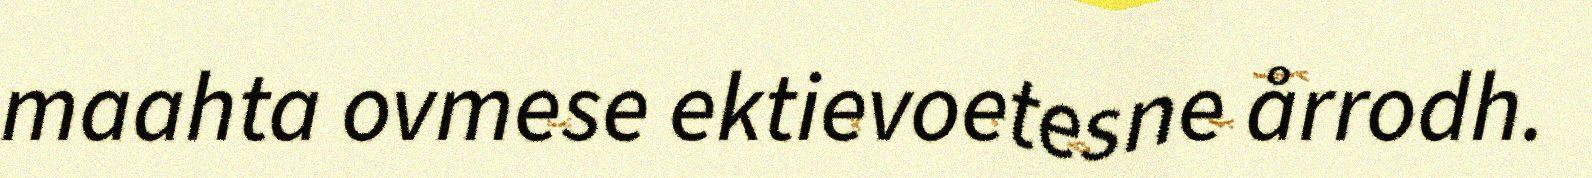
maahta ovmese ektievoetesne årrodh.